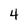
Character: 4